Annual report of the Civil Veterinary Department, Bengal, for the year 1897-98 - 1897-1898
Year: 1897
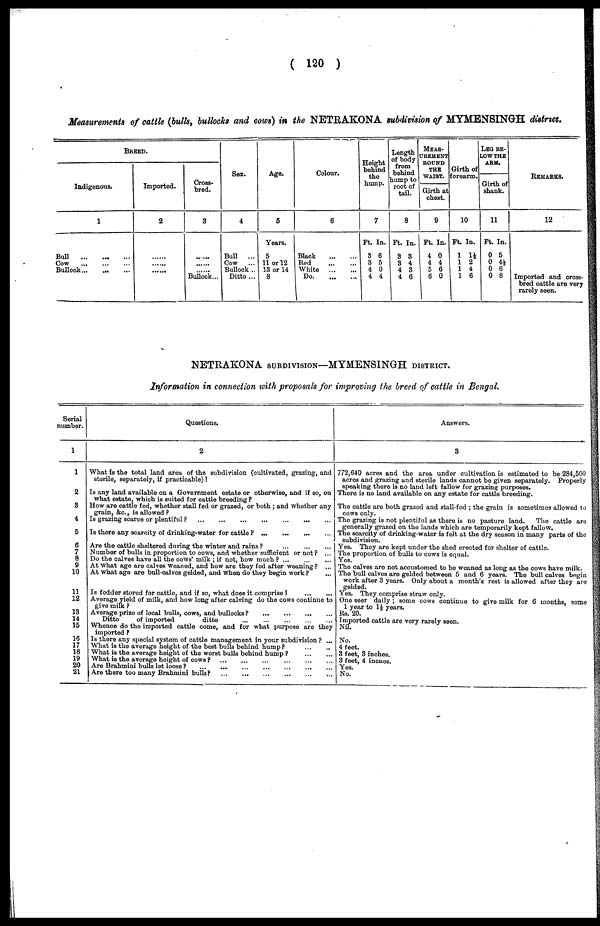
(120)
Measurements of cattle (bulls, bullocks and cows) in the NETRAKONA subdivision of MYMENSINGH district.
BREED.
Indigenous.
1
Bull
...
...
...
Cow ... ... ...
Bullock
...
...
...
Imported.
2
......
......
......
Cross-
bred.
3
......
......
...... Bullock...
Sex.
4
Bull
...
Cow ...
Bullock ...
Ditto ...
Age.
5
Years.
5
11 or 12
13 or 14
8
Colour.
6
Black
...
...
Red
...
...
White
...
...
Do.
...
...
Height
behind
the
hump.
7
Ft. In.
3 6
3 5
4 0
4 4
Length
of body
from
behind
hump to
root of
tail.
8
Ft. In.
3 3
3 4
4 3
4 6
MEAS-
-------
BOUND
TUB
WAIST.
Girth at
chest.
9
Ft. In.
4 0
4 4 5 6
6 0
Girth of
forearm.
10
Ft. In.
1 1½
1 2
1 4
1 6
LEG BE-
--- THE
ARM.
Girth of
shank.
11
Ft. In.
0 5
0 4½
0 6
0 8
REMARKS.
12
Imported and cross-
bred cattle are very
rarely seen.
NETRAKONA SUBDIVISON—MTMENSINGH DISTRICT.
Information in connection with proposals for improving the breed of cattle in Bengal.
Serial
number.
1
1
2
3
4
5
6
7
8
9
10
11
12
13
14
15
16
17
18
19
20
21
Questions.
2
What is the total land area of the subdivision (cultivated, grazing, and
sterile, separately, if practicable)?
Is any land available on a Government estate or otherwise, and if so, on
what estate, which is suited for cattle breeding?
How are cattle fed, whether stall fed or grazed, or both; and whether any
grain, &c, is allowed?
Is grazing scarce or plentiful?
...
...
...
...
...
...
...
Is there any scarcity of drinking-water for cattle?
...
...
...
...
Are the cattle sheltered during the winter and rains?
...
...
...
Number of bulls in proportion to cows, and whether sufficient or not? ...
Do the calves have all the cows' milk; if not, how much? ... ...
At what age are calves Weaned, and how are they fed after weaning? ...
At what age are bull-calves gelded, and when do they begin work?
Is fodder stored for cattle, and if so, what does it comprise?
...
...
Average yield of milk, and how long after calving do the cows continue to
give milk?
Average prize of local bulls, cows, and bullocks?
...
...
...
...
Ditto
of imported
ditto
...
...
...
...
...
Whence do the imported cattle come, and for what purpose are they
imported?
Is there any special system of cattle management in your subdivision? ...
What is the average height of the best bulls behind hump?
...
...
What is the average height of the worst bulls behind hump?
...
...
What is the average height of cows? ... ... ... ... ... ...
Are Brahmini bulls let loose? ... ... ... ... ...
Are there too many Brahmini bulls?
...
...
...
...
...
...
Answers.
3
772,640 acres and the area under cultivation is estimated to be 284,500
acres and grazing and sterile lands cannot be given separately. Properly
speaking there is no land left fallow for grazing purposes.
There is no land available on any estate for cattle breeding.
The cattle are both grazed and stall-fed; the grain is sometimes allowed to
cows only.
The grazing is not plentiful as there is no pasture land.
The cattle are
generally grazed on the lands which are temporarily kept fallow.
The scarcity of drinking-water is felt at the dry season in many parts of the
subdivision.
Yes. They are kept under the shed erected for shelter of cattle.
The proportion of bulls to cows is equal.
Yes.
The calves are not accustomed to be weaned as long as the cows have milk.
The bull calves are gelded between 5 and 6 years. The bull calves begin
work after 3 years. Only about a month's rest is allowed after they are
golded.
Yes. They comprise straw only.
One seer daily; some cows continue to give milk for 6 months, some
1 year to 1½ years.
Rs. 20.
Imported cattle are very rarely seen.
Nil.
No.
4 feet.
3 feet, 3 inches.
3 feet, 4 incaes.
Yes.
No.